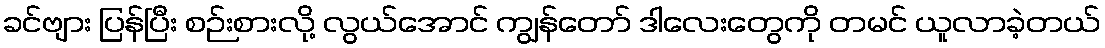
ခင်ဗျား ပြန်ပြီး စဉ်းစားလို့ လွယ်အောင် ကျွန်တော် ဒါလေးတွေကို တမင် ယူလာခဲ့တယ်